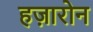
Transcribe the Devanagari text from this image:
हज़ारोन